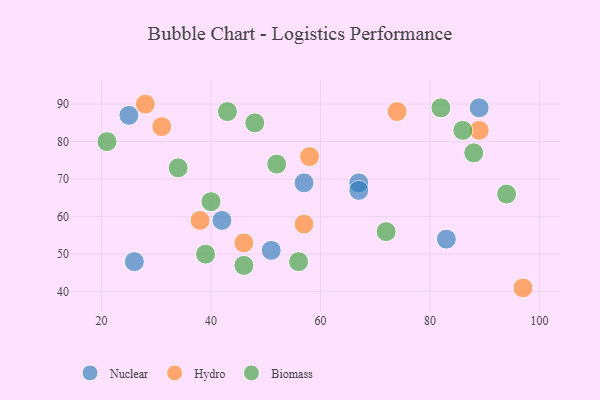
{"axis": {"x": "GDP", "y": "Life Expectancy"}, "legend": ["Biomass", "Hydro", "Nuclear"], "data": [{"x": "26", "y": 48, "type": "Nuclear"}, {"x": "83", "y": 54, "type": "Nuclear"}, {"x": "57", "y": 69, "type": "Nuclear"}, {"x": "42", "y": 59, "type": "Nuclear"}, {"x": "51", "y": 51, "type": "Nuclear"}, {"x": "67", "y": 69, "type": "Nuclear"}, {"x": "67", "y": 67, "type": "Nuclear"}, {"x": "89", "y": 89, "type": "Nuclear"}, {"x": "25", "y": 87, "type": "Nuclear"}, {"x": "57", "y": 58, "type": "Hydro"}, {"x": "74", "y": 88, "type": "Hydro"}, {"x": "31", "y": 84, "type": "Hydro"}, {"x": "46", "y": 53, "type": "Hydro"}, {"x": "89", "y": 83, "type": "Hydro"}, {"x": "58", "y": 76, "type": "Hydro"}, {"x": "97", "y": 41, "type": "Hydro"}, {"x": "38", "y": 59, "type": "Hydro"}, {"x": "28", "y": 90, "type": "Hydro"}, {"x": "56", "y": 48, "type": "Biomass"}, {"x": "40", "y": 64, "type": "Biomass"}, {"x": "43", "y": 88, "type": "Biomass"}, {"x": "34", "y": 73, "type": "Biomass"}, {"x": "21", "y": 80, "type": "Biomass"}, {"x": "46", "y": 47, "type": "Biomass"}, {"x": "72", "y": 56, "type": "Biomass"}, {"x": "94", "y": 66, "type": "Biomass"}, {"x": "52", "y": 74, "type": "Biomass"}, {"x": "48", "y": 85, "type": "Biomass"}, {"x": "88", "y": 77, "type": "Biomass"}, {"x": "86", "y": 83, "type": "Biomass"}, {"x": "39", "y": 50, "type": "Biomass"}, {"x": "82", "y": 89, "type": "Biomass"}]}